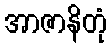
အာဇာနိတုံ